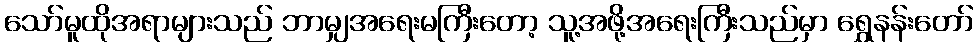
သော်မူထိုအရာများသည် ဘာမျှအရေးမကြီးတော့ သူ့အဖို့အရေးကြီးသည်မှာ ရွှေနန်းတော်